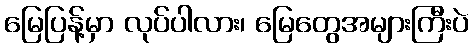
မြေပြန့်မှာ လုပ်ပါလား၊ မြေတွေအများကြီးပဲ